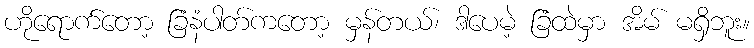
ဟိုရောက်တော့ ခြံနံပါတ်ကတော့ မှန်တယ်၊ ဒါပေမဲ့ ခြံထဲမှာ အိမ် မရှိဘူး။